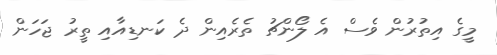
މީގެ އިތުރުން ވެސް އެ ލޯންޗު ތެރެއިން ދެ ކަނޑިއާއި ތީރު ޖަހަން